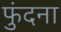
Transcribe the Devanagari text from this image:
फुंदना